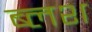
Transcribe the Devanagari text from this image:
ब्लश